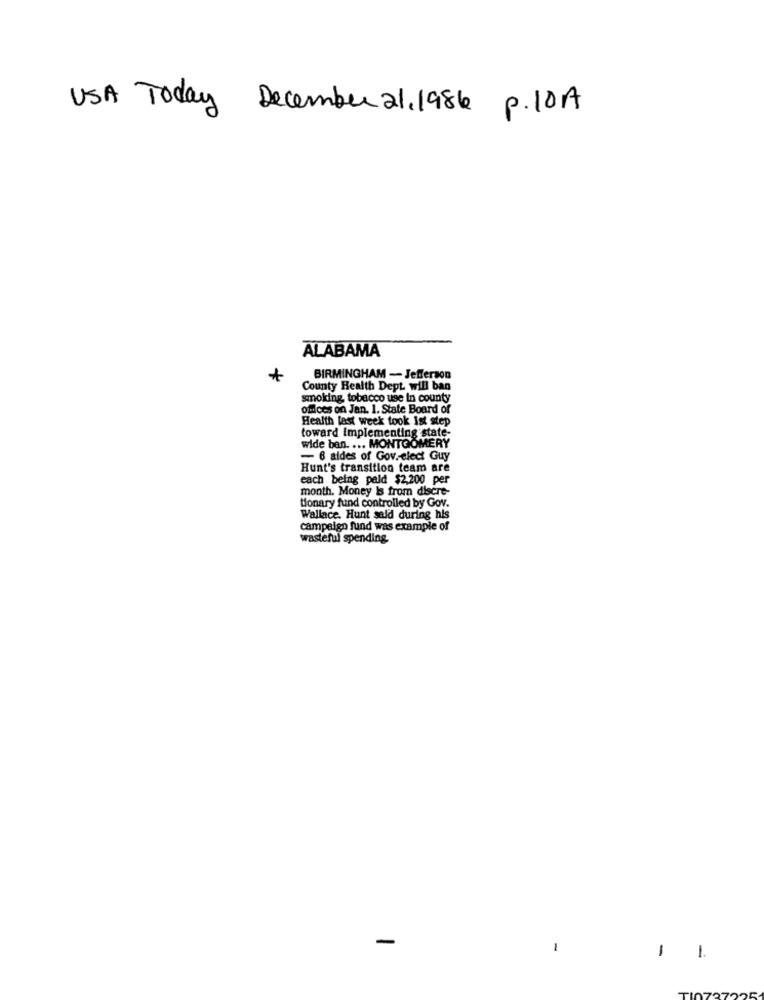
USA Today December 21,1986 p. 10A
ALABAMA
BIRMINGHAM - Jefferson
County Health Dept will ban
smoking, tobacco uge in county
offices on Jan. 1. State Board of
Health last week took Ist step
toward Implementing state-
wide ban. ... MONTGOMERY
- 6 aldes of Gov .- elect Guy
Hunt's transition team are
each being paid $2,200 per
month. Money Is from discre-
tionary fund controlled by Gov.
Wallace. Hunt sald during his
campaign fund was example of
wasteful spending.
-
1
-
-